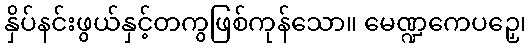
နှိပ်နင်းဖွယ်နှင့်တကွဖြစ်ကုန်သော။ မေဏ္ဍကေပဉှေ၊